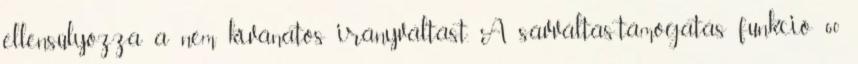
ellensúlyozza a nem kívánatos irányváltást. A sávváltás-támogatás funkció 60